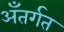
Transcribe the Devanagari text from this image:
अँतर्गत